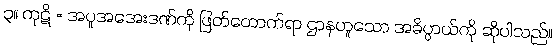
၃။ ကုဋိ = အပူအအေးဒဏ်ကို ဖြတ်တောက်ရာ ဌာနဟူသော အဓိပ္ပာယ်ကို ဆိုပါသည်။